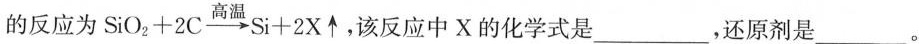
的反应为SiO_2{} +2C\overset{高温}{\rightarrow} Si+2X\uparrow 个，该反应中X的化学式是___，还原剂是___。